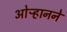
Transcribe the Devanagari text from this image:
ओऱ्हानने